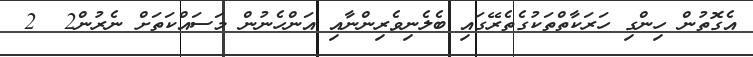
އެގޮތުން ހިންގި ހަރަކާތްތަކުގެތެރޭގައި ބެލެނިވެރިންނާއި އަންހެނުން މަސައްކަތަށް ނެރުން2  2